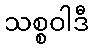
သစ္စဝါဒီ